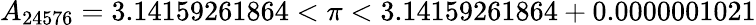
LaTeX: A_{24576}=3.14159261864<\pi<3.14159261864+0.0000001021